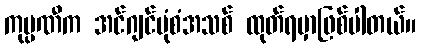
ကုမ္ပဏီက အင်ဂျင်ပုံစံအသစ် ထုတ်ရမှာဖြစ်ပါတယ်။